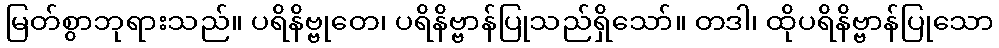
မြတ်စွာဘုရားသည်။ ပရိနိဗ္ဗုတေ၊ ပရိနိဗ္ဗာန်ပြုသည်ရှိသော်။ တဒါ၊ ထိုပရိနိဗ္ဗာန်ပြုသော